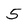
Character: 5